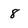
Character: 8